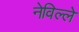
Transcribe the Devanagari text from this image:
नेविल्ले